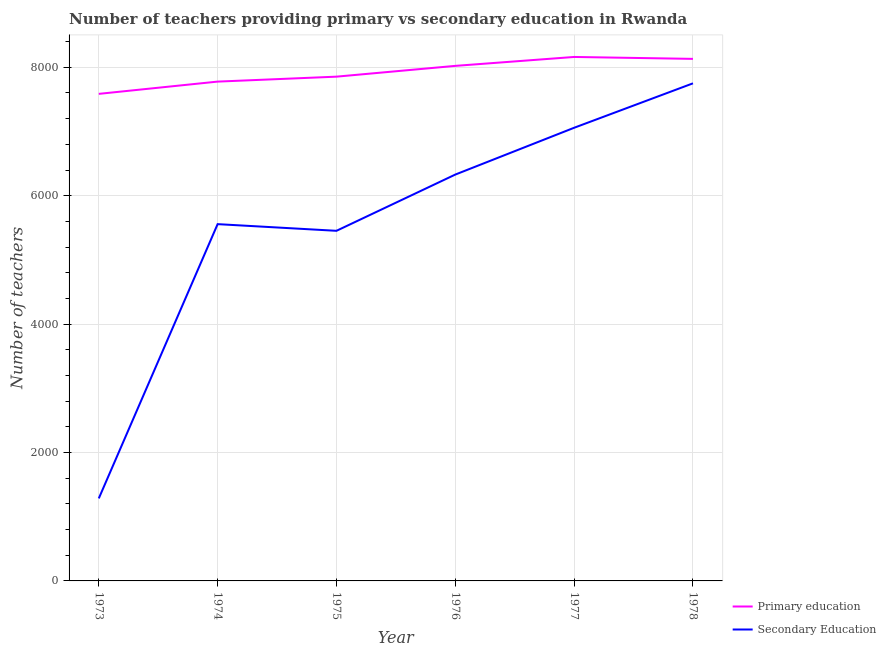
| Year | Primary education | Secondary Education |
 | --- | --- | --- |
 | 1973 | 7.59e+03 | 1.28e+03 |
 | 1974 | 7.78e+03 | 5.56e+03 |
 | 1975 | 7.85e+03 | 5.45e+03 |
 | 1976 | 8.02e+03 | 6.33e+03 |
 | 1977 | 8.16e+03 | 7.06e+03 |
 | 1978 | 8.13e+03 | 7.75e+03 |